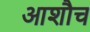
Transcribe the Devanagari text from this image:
आशौच